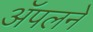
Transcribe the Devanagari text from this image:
ॲपलने